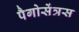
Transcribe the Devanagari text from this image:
पैगोसेंत्रस